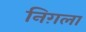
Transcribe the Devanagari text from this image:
निग़ला